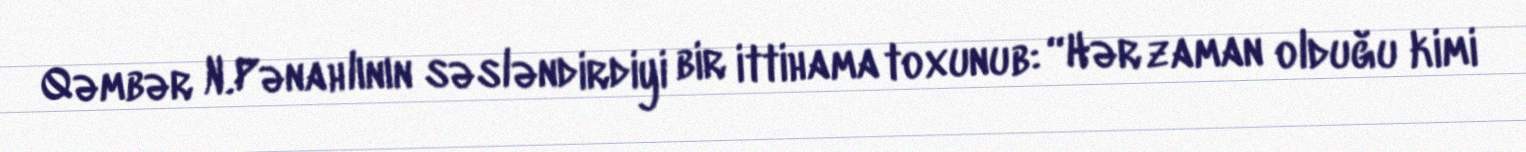
Qəmbər N.Pənahlının səsləndirdiyi bir ittihama toxunub: “Hər zaman olduğu kimi